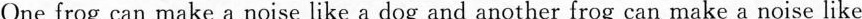
One frog can make a noise like a dog and another frog can make a noise like